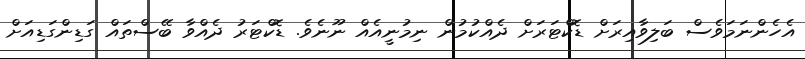
އެހެންނަމަވެސް ބަލިވާއިރަށް ޑޮކްޓަރަށް ދެއްކުމުން ނިމުނީއެއް ނޫނެވެ. ޑޮކްޓަރު ދެއްވާ ބޭސްތައް ގަޑިންގަޑިއަށް